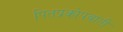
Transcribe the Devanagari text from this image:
पितप्रकोपवांती